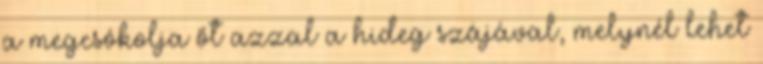
a megcsókolja őt azzal a hideg szájával, melynél lehet